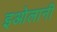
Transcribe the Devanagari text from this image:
इओलानी